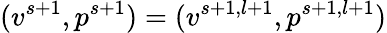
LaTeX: (v^{s+1},p^{s+1})=(v^{s+1,l+1},p^{s+1,l+1})